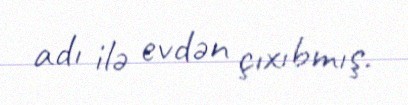
adı ilə evdən çıxıbmış.